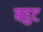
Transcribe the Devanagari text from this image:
बहुट